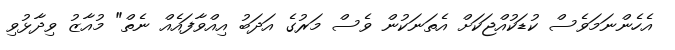
އެހެންނަމަވެސް ކުޑަކުއްޖަކަށް އެތަނަކުން ވެސް މަރުގެ އަދަބު އިއްވާފައެއް ނެތް" މުއާޒު ވިދާޅުވި